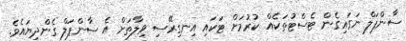
ސާންޕަލް ނަގައިގެން ޓެސްޓުތަކެއް ކުރުމަށް ޓަކައި އިނގިރޭސި ވިލާތަށް އެ ސާންޕަލް ގެންދިޔައެވެ.